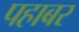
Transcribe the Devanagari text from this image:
पहाबर